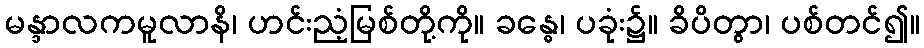
မန္ဒာလကမူလာနိ၊ ဟင်းညံ့မြစ်တို့ကို။ ခန္ဓေ၊ ပခုံး၌။ ခိပိတွာ၊ ပစ်တင်၍။